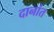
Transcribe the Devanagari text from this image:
दानांत